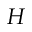
H